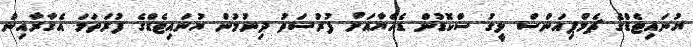
ޔުނައިޓެޑްގެ ޗެމްޕިއަންސް ލީގު ސްކޮޑުން ޑެހެޔާއަށް ފުރުސަތު ދިނުމުން ޔުނައިޓެޑްގެ ފުރަތަމަ އެގާރާއިން